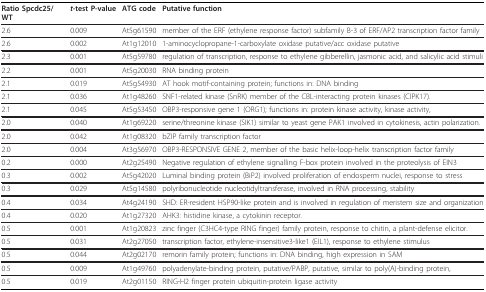
<table><thead><tr><td><b>Ratio Spcdc25/WT</b></td><td><b><i>t</i>-test P-value</b></td><td><b>ATG code</b></td><td><b>Putative function</b></td></tr></thead><tbody><tr><td>2.6</td><td>0.009</td><td>At5g61590</td><td>member of the ERF (ethylene response factor) subfamily B-3 of ERF/AP2 transcription factor family</td></tr><tr><td>2.6</td><td>0.002</td><td>At1g12010</td><td>1-aminocyclopropane-1-carboxylate oxidase putative/acc oxidase putative</td></tr><tr><td>2.3</td><td>0.001</td><td>At5g59780</td><td>regulation of transcription, response to ethylene gibberellin, jasmonic acid, and salicylic acid stimuli</td></tr><tr><td>2.2</td><td>0.001</td><td>At5g20030</td><td>RNA binding protein</td></tr><tr><td>2.1</td><td>0.019</td><td>At5g54930</td><td>AT hook motif-containing protein; functions in: DNA binding</td></tr><tr><td>2.1</td><td>0.036</td><td>At1g48260</td><td>SNF1-related kinase (SnRK) member of the CBL-interacting protein kinases (CIPK17).</td></tr><tr><td>2.1</td><td>0.045</td><td>At5g53450</td><td>OBP3-responsive gene 1 (ORG1); functions in: protein kinase activity, kinase activity,</td></tr><tr><td>2.0</td><td>0.040</td><td>At1g69220</td><td>serine/threonine kinase (SIK1) similar to yeast gene PAK1 involved in cytokinesis, actin polarization.</td></tr><tr><td>2.0</td><td>0.042</td><td>At1g08320</td><td>bZIP family transcription factor</td></tr><tr><td>2.0</td><td>0.004</td><td>At3g56970</td><td>OBP3-RESPONSIVE GENE 2, member of the basic helix-loop-helix transcription factor family</td></tr><tr><td>0.2</td><td>0.000</td><td>At2g25490</td><td>Negative regulation of ethylene signalling F-box protein involved in the proteolysis of EIN3</td></tr><tr><td>0.3</td><td>0.002</td><td>At5g42020</td><td>Luminal binding protein (BiP2) involved proliferation of endosperm nuclei, response to stress</td></tr><tr><td>0.3</td><td>0.029</td><td>At5g14580</td><td>polyribonucleotide nucleotidyltransferase, involved in RNA processing, stability</td></tr><tr><td>0.4</td><td>0.034</td><td>At4g24190</td><td>SHD: ER-resident HSP90-like protein and is involved in regulation of meristem size and organization</td></tr><tr><td>0.4</td><td>0.020</td><td>At1g27320</td><td>AHK3: histidine kinase, a cytokinin receptor.</td></tr><tr><td>0.5</td><td>0.001</td><td>At1g20823</td><td>zinc finger (C3HC4-type RING finger) family protein, response to chitin, a plant-defense elicitor.</td></tr><tr><td>0.5</td><td>0.031</td><td>At2g27050</td><td>transcription factor, ethylene-insensitive3-like1 (EIL1), response to ethylene stimulus</td></tr><tr><td>0.5</td><td>0.044</td><td>At2g02170</td><td>remorin family protein; functions in: DNA binding, high expression in SAM</td></tr><tr><td>0.5</td><td>0.009</td><td>At1g49760</td><td>polyadenylate-binding protein, putative/PABP, putative, similar to poly(A)-binding protein,</td></tr><tr><td>0.5</td><td>0.019</td><td>At2g01150</td><td>RING-H2 finger protein ubiquitin-protein ligase activity</td></tr></tbody></table>